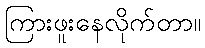
ကြားဖူးနေလိုက်တာ။